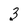
Character: 3